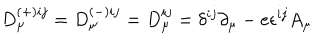
D _ { \mu } ^ { ( + ) i j } = D _ { \mu } ^ { ( - ) i j } = D _ { \mu } ^ { i j } = \delta ^ { i j } \partial _ { \mu } - e \epsilon ^ { i j } A _ { \mu }